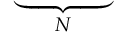
\underbrace { \phantom { D _ { r } ^ { ( 1 ) } + R } } _ { N }